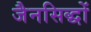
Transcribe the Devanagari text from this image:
जैनसिद्धों